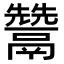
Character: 𩱕